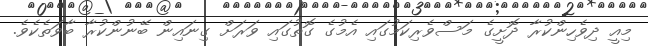
މިއީ ދިވެހިންކުރާ ދޮށީގެ މަސްވެރިކަމުގައި އެމުގެ ގޮތުގައި ވަރަށް ގިނައިން ބޭނުންކުރާ ބާވަތެކެވެ.